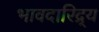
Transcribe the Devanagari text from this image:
भावदारिद्र्य